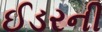
ઈડરની